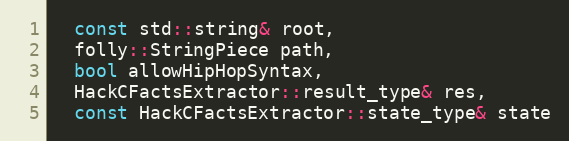
Language: C++
  const std::string& root,
  folly::StringPiece path,
  bool allowHipHopSyntax,
  HackCFactsExtractor::result_type& res,
  const HackCFactsExtractor::state_type& state